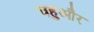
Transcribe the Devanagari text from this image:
चहुऔर